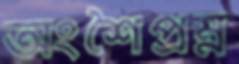
অংশৈপ্রম্ন